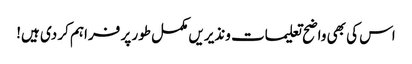
اس کی بھی واضح تعلیمات ونذیریں مکمل طور پر فراہم کر دی ہیں!